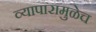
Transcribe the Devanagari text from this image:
व्यापारामुळेच